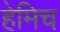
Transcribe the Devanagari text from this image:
हेमिच